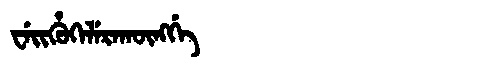
Manchu: ᠸᡝᡳᡥᡠᡴᡝᠯᡝᡵᠠᡴᡡᠩᡤᡝ
Romanization: WEIHUKELERAKŪNGGE